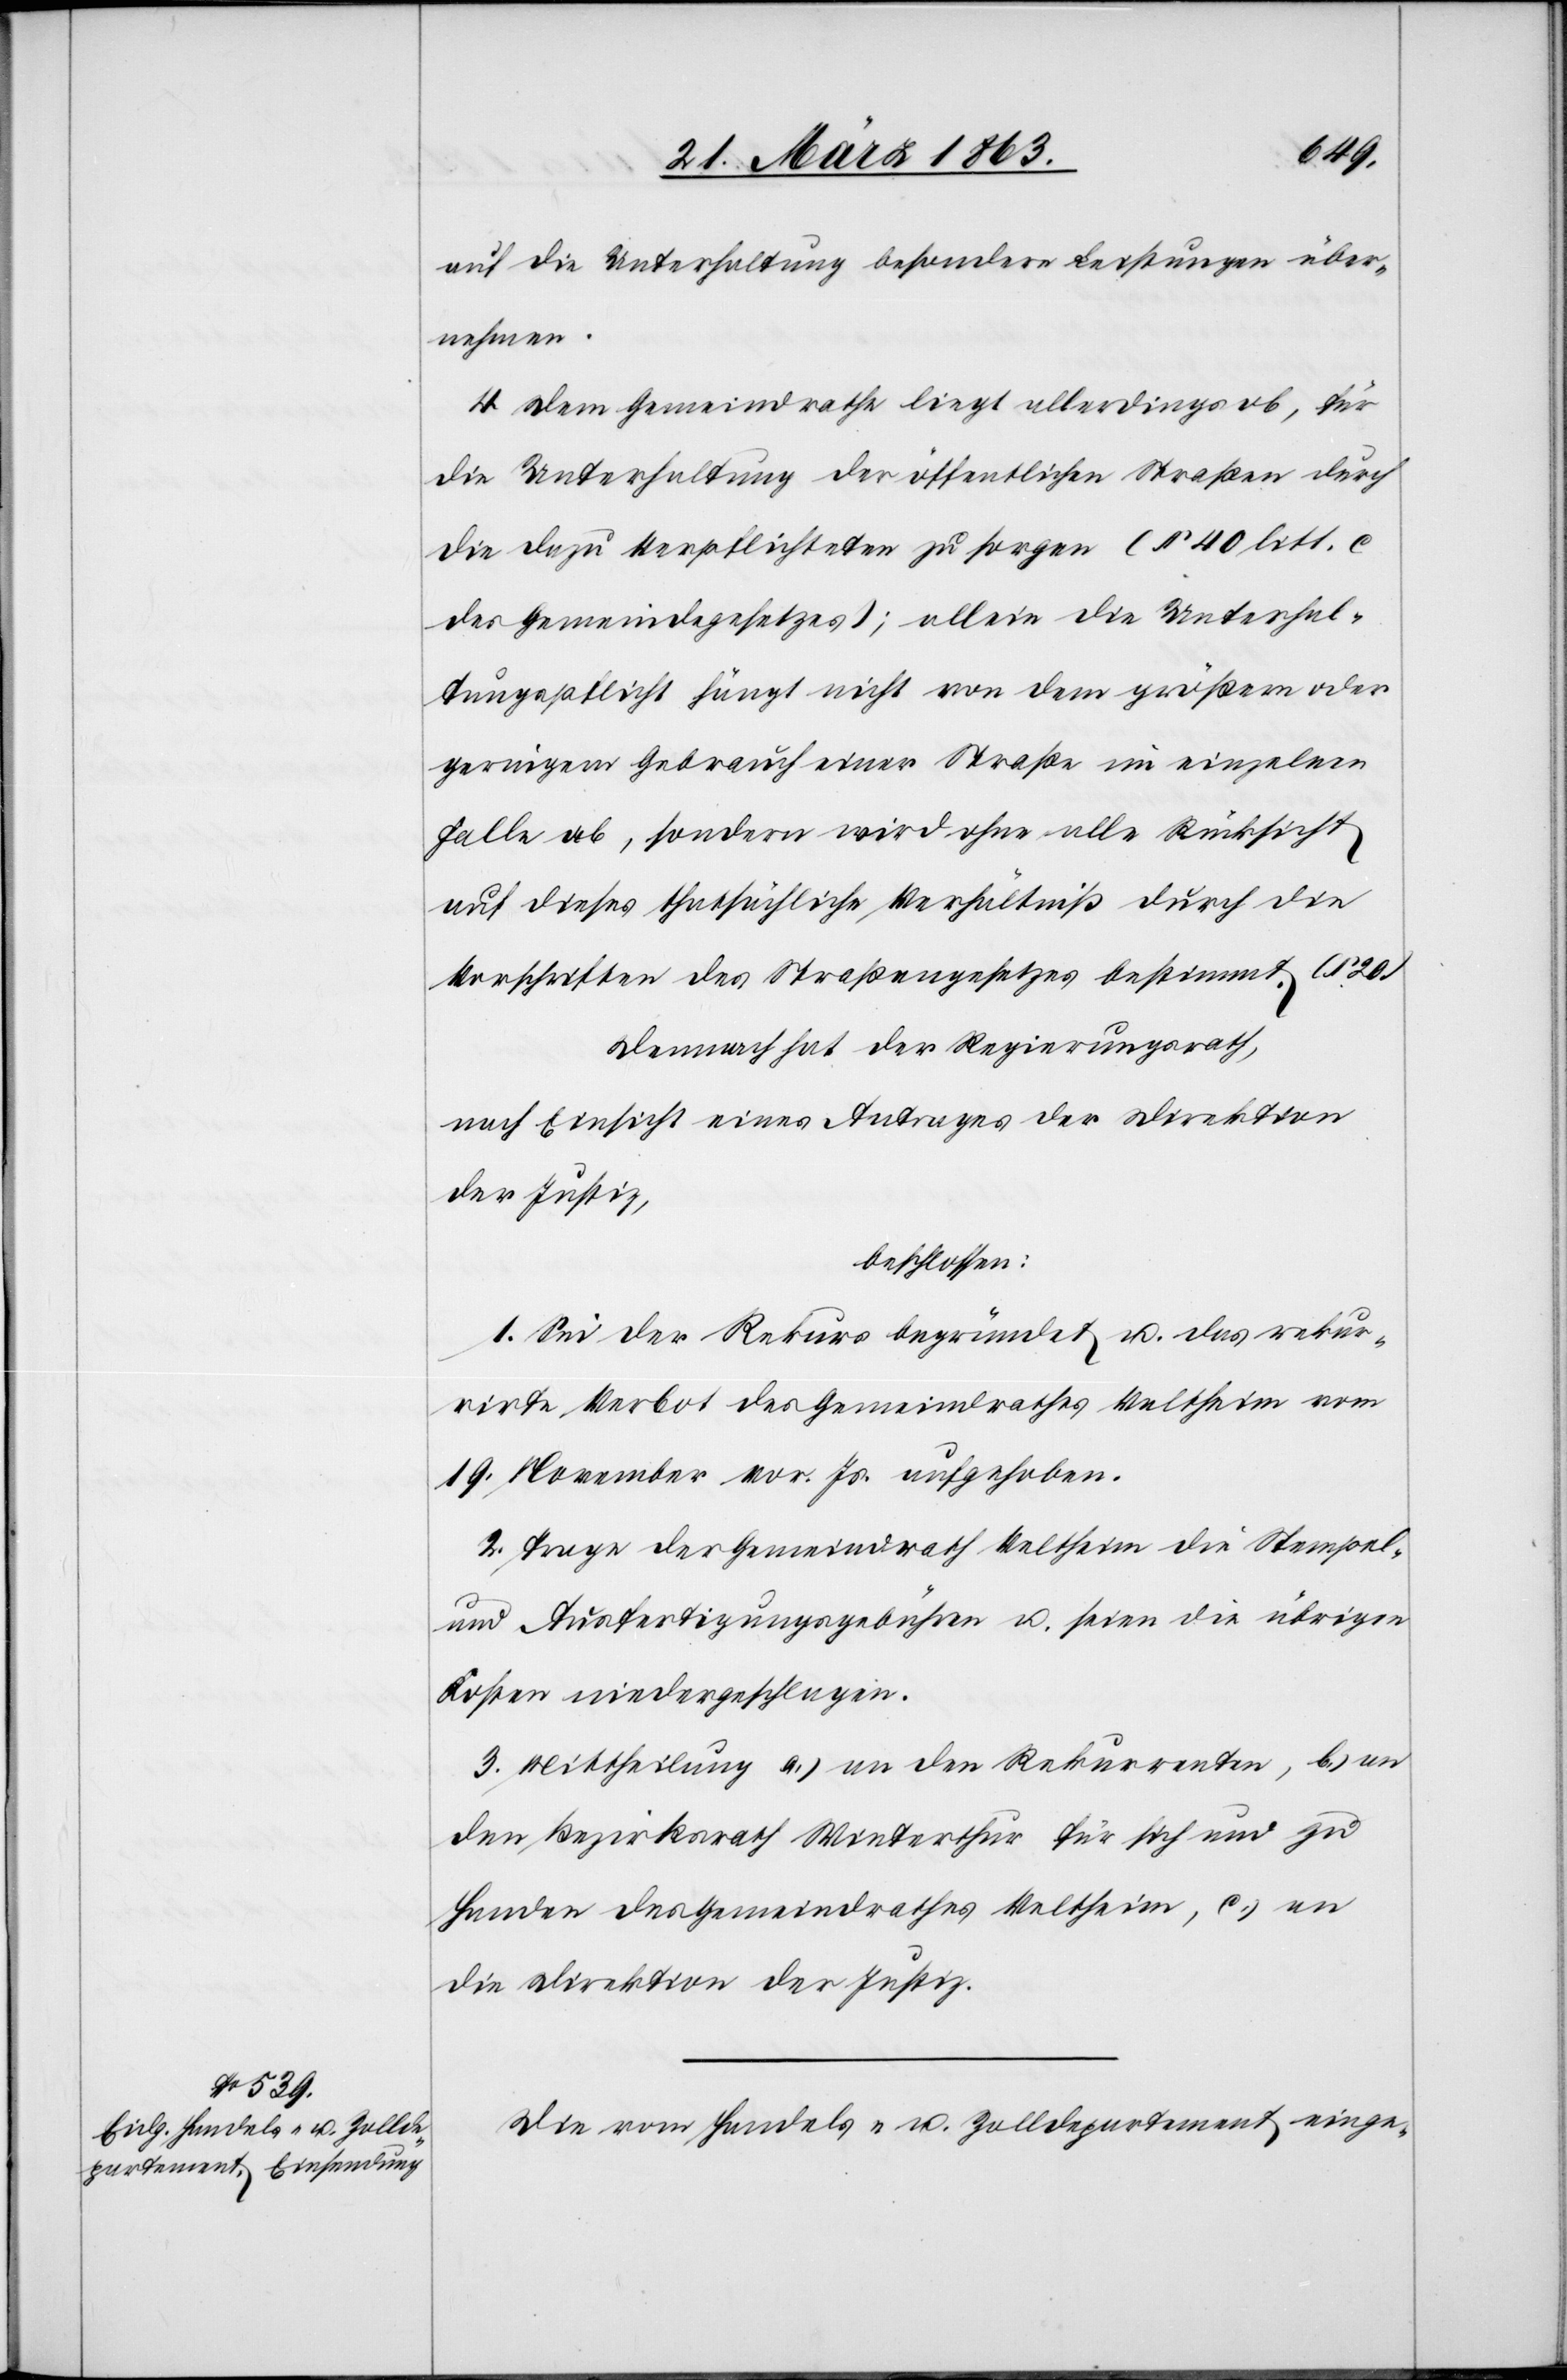
auf die Unterhaltung besondere Leistungen über¬
nehmen.
4. Dem Gemeindrathe liegt allerdings ob, für
die Unterhaltung der öffentlichen Straßen durch
die dazu Verpflichteten zu sorgen (§ 40 litt. c
des Gemeindegesetzes); allein die Unterhal¬
tungspflicht hängt nicht von dem größern oder
geringern Gebrauch einer Straße im einzelnen
Falle ab, sondern wird ohne alle Rücksicht
auf dieses thatsächliche Verhältniß durch die
Vorschriften des Straßengesetzes bestimmt. (§ 20)
Demnach hat der Regierungsrath,
nach Einsicht eines Antrages der Direktion
der Justiz,
beschlossen:
1. Sei der Rekurs begründet u. das rekur¬
rirte Verbot des Gemeindrathes Veltheim vom
19. November vor. Js. aufgehoben.
2. Trage der Gemeindrath Veltheim die Stempel-
und Ausfertigungsgebühren u. seien die übrigen
Kosten niedergeschlagen.
3. Mittheilung a.) an den Rekurrenten, b.) an
den Bezirksrath Winterthur für sich und zu
Handen des Gemeindrathes Veltheim, c.) an
die Direktion der Justiz.
Die vom Handels- u. Zolldepartement einge-